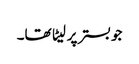
جو بستر پر لیٹا تھا۔